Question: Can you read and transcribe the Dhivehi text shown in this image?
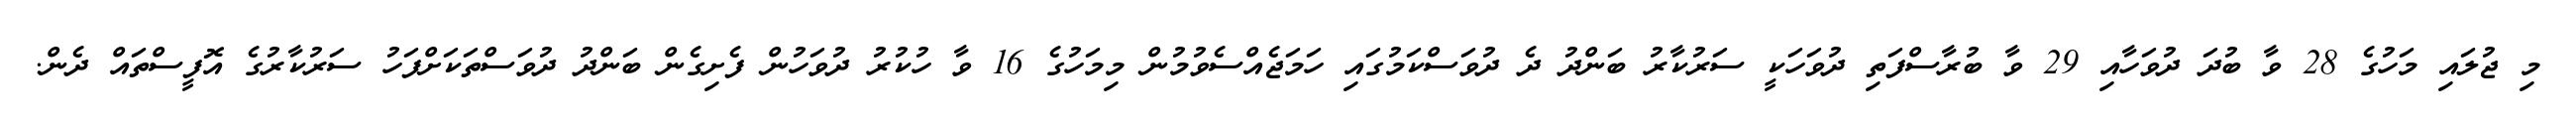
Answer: މި ޖުލައި މަހުގެ 28 ވާ ބުދަ ދުވަހާއި 29 ވާ ބުރާސްފަތި ދުވަހަކީ ސަރުކާރު ބަންދު ދެ ދުވަސްކަމުގައި ހަމަޖެއްސެވުމުން މިމަހުގެ 16 ވާ ހުކުރު ދުވަހުން ފެށިގެން ބަންދު ދުވަސްތަކަށްފަހު ސަރުކާރުގެ އޮފީސްތައް ދެން.